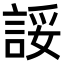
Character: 𫌽